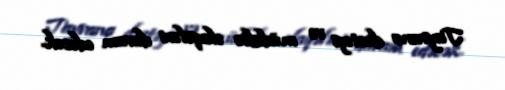
Tayvana dəstəyi və müdafiə əlaqələri davam edəcək.